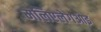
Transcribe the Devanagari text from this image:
मलिएलेगओइ